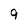
Character: 9